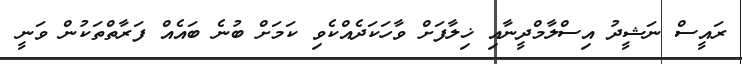
ރައީސް ނަޝީދު އިސްލާމްދީނާއި ޚިލާފަށް ވާހަކަދެއްކެވި ކަމަށް ބުނެ ބައެއް ފަރާތްތަކުން ވަނީ